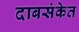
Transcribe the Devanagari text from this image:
दाबसंकेत